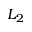
L _ { 2 }